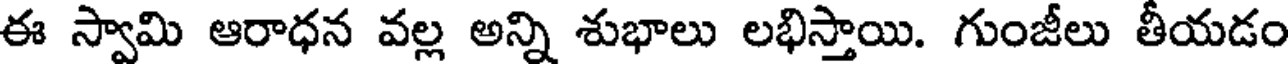
ఈ స్వామి ఆరాధన వల్ల అన్ని శుభాలు లభిస్తాయి. గుంజీలు తీయడం